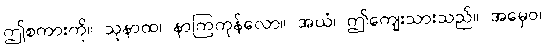
ဤစကားကို။ သုနာထ၊ နာကြကုန်လော။ အယံ၊ ဤကျေးသားသည်။ အမှေဝ၊